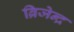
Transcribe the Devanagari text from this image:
ब्रिजेन्द्र